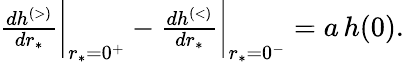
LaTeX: \begin{array}{r}{\frac{dh^{\scriptscriptstyle(>)}}{dr_{*}}\bigg|_{r_{*}=0^{+}}-\frac{dh^{\scriptscriptstyle(<)}}{dr_{*}}\bigg|_{r_{*}=0^{-}}=a\, h(0).}\end{array}